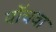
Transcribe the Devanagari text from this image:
पॉचवा